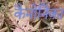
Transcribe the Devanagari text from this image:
कैनोनिका